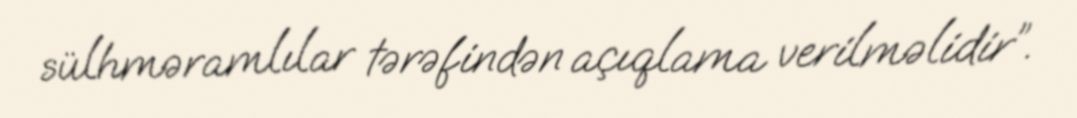
sülhməramlılar tərəfindən açıqlama verilməlidir”.